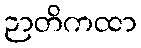
ဉာတိကထာ